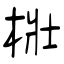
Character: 梉